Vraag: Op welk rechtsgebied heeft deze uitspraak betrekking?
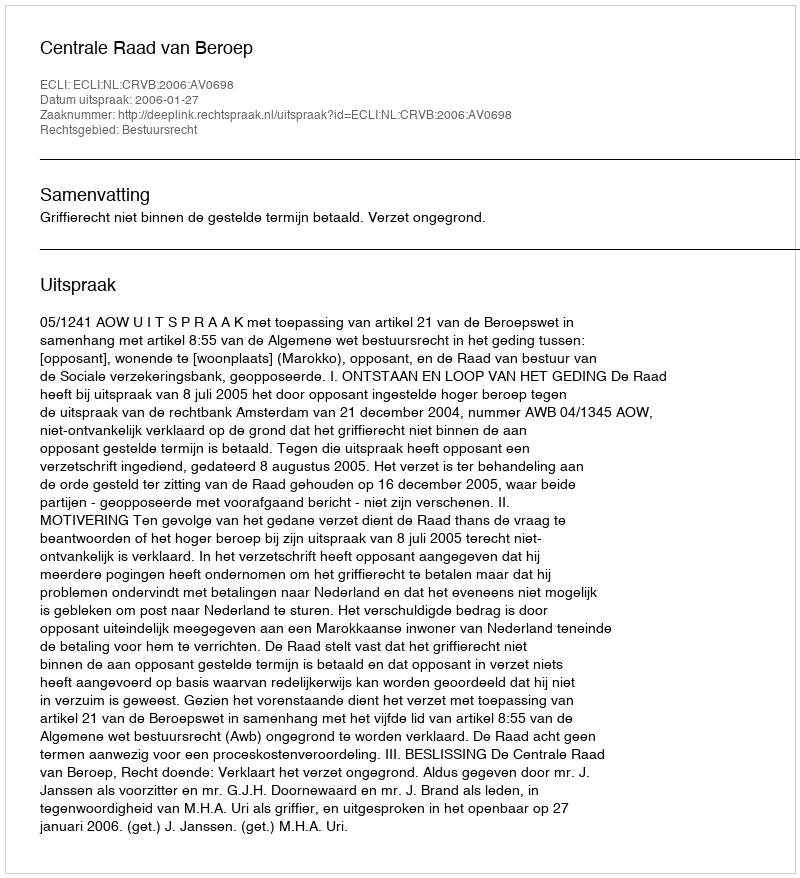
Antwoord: Bestuursrecht